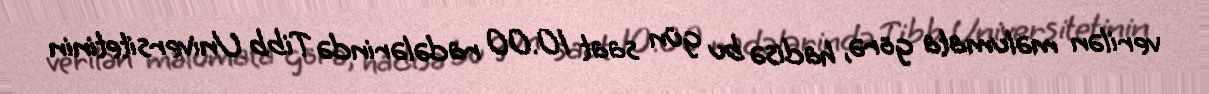
verilən məlumata görə, hadisə bu gün saat 10.00 radələrində Tibb Universitetinin